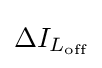
\Delta I_{L_{\text{off}}}